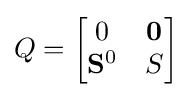
{Q}=\left[{\begin{matrix}0&\mathbf {0} \\\mathbf {S} ^{0}&{S}\\\end{matrix}}\right]